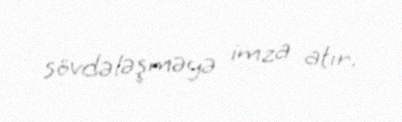
sövdələşməyə imza atır.